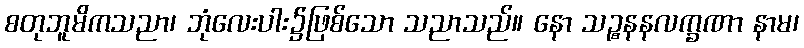
စတုဘူမိကသညာ၊ ဘုံလေးပါး၌ဖြစ်သော သညာသည်။ နော သဉ္စနနလက္ခဏာ နာမ၊